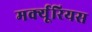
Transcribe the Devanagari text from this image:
मर्क्यूरियस